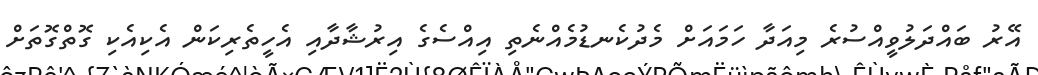
އޭރު ބައްދަލުވީއްސުރެ މިއަދާ ހަމައަށް މެދުކެނޑުމެއްނެތި އިއްސެގެ އިރުޝާދާއި އެހީތެރިކަން އެކިއެކި ގޮތްގޮތަށް